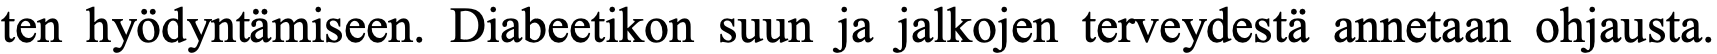
ten hyödyntämiseen. Diabeetikon suun ja jalkojen terveydestä annetaan ohjausta.